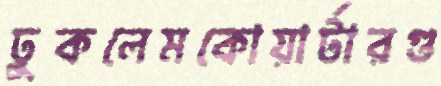
ঢুকলেমকোয়ার্টারগু